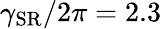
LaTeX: \gamma_{\mathrm{SR}}/2\pi=2.3